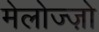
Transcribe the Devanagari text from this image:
मेलोज्ज़ो